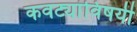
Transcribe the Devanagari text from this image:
कवट्यांविषयी